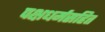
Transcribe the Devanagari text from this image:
पक्षधर्मसहित